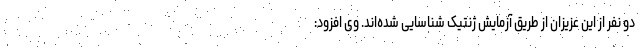
دو نفر از این عزیزان از طریق آزمایش ژنتیک شناسایی شده‌اند. وی افزود: